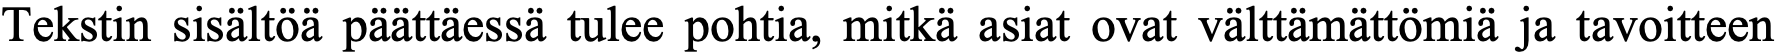
Tekstin sisältöä päättäessä tulee pohtia, mitkä asiat ovat välttämättömiä ja tavoitteen